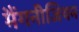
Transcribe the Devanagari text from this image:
मैंगनीजियम